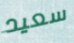
سعيد